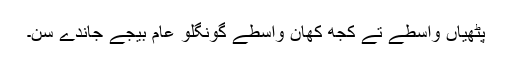
پٹھیاں واسطے تے کُجھ کھان واسطے گونگلو عام بیجے جاندے سن۔